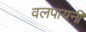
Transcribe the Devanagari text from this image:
वलपायनी